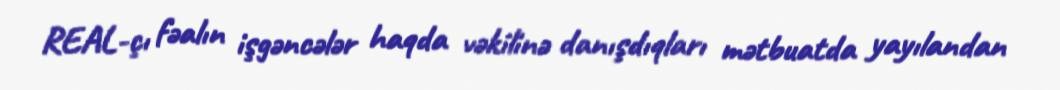
REAL-çı fəalın işgəncələr haqda vəkilinə danışdıqları mətbuatda yayılandan